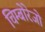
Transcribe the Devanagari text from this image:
चिम्बोरेजो